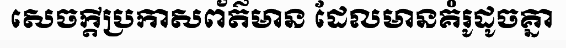
សេចក្តីប្រកាសព័ត៌មាន ដែលមានគំរូដូចគ្នា